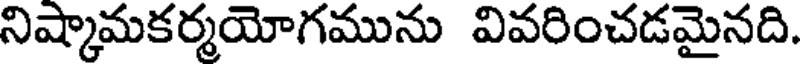
నిష్కామకర్మయోగమును వివరించడమైనది.